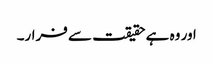
اور وہ ہے حقیقت سے فرار۔